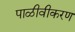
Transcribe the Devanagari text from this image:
पाळीवीकरण